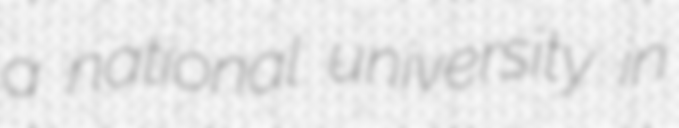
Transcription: a national university in